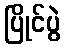
ပြိုင်ပွဲ